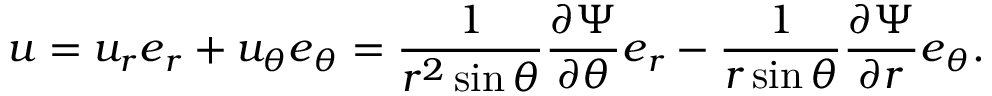
{ \boldsymbol { u } } = u _ { r } { \boldsymbol { e } } _ { r } + u _ { \theta } { \boldsymbol { e } } _ { \theta } = { \frac { 1 } { r ^ { 2 } \sin \theta } } { \frac { \partial \Psi } { \partial \theta } } { \boldsymbol { e } } _ { r } - { \frac { 1 } { r \sin \theta } } { \frac { \partial \Psi } { \partial r } } { \boldsymbol { e } } _ { \theta } .